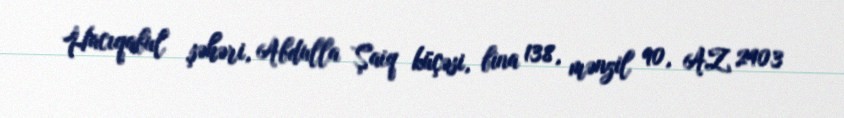
Hacıqabul şəhəri, Abdulla Şaiq küçəsi, bina 138, mənzil 90, AZ 2403